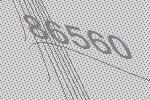
86560